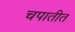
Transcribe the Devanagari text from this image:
चपातीत